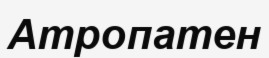
Атропатен